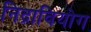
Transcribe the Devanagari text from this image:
निद्रावियोग